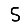
Digit: 5